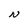
Character: N